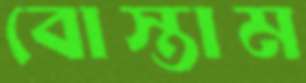
বোস্তাম